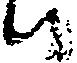
ハ